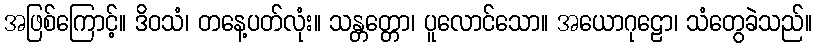
အဖြစ်ကြောင့်။ ဒိဝသံ၊ တနေ့ပတ်လုံး။ သန္တတ္တော၊ ပူလောင်သော။ အယောဂုဠော၊ သံတွေခဲသည်။